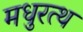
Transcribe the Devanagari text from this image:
मधुरत्थ